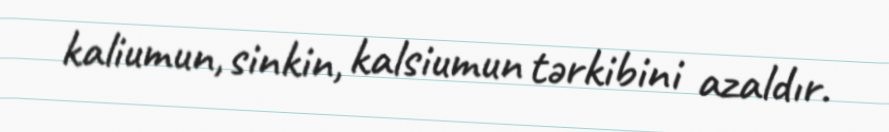
kaliumun, sinkin, kalsiumun tərkibini azaldır.